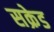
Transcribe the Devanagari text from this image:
सक्रेड